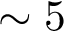
\sim 5